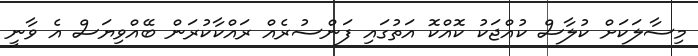
މިސާލަކަށް ކުލާސް ކުއްޖަކު ކޮއްކޮ އަތުގައި ފަންސުރެއް ރައްކާކުރަން ބޭއްވިޔަސް އެ ވާނީ